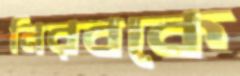
নিরবকে